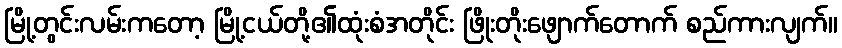
မြို့တွင်းလမ်းကတော့ မြို့ငယ်တို့၏ထုံးစံအတိုင်း ဖြိုးတိုးဖျောက်တောက် စည်ကားလျက်။